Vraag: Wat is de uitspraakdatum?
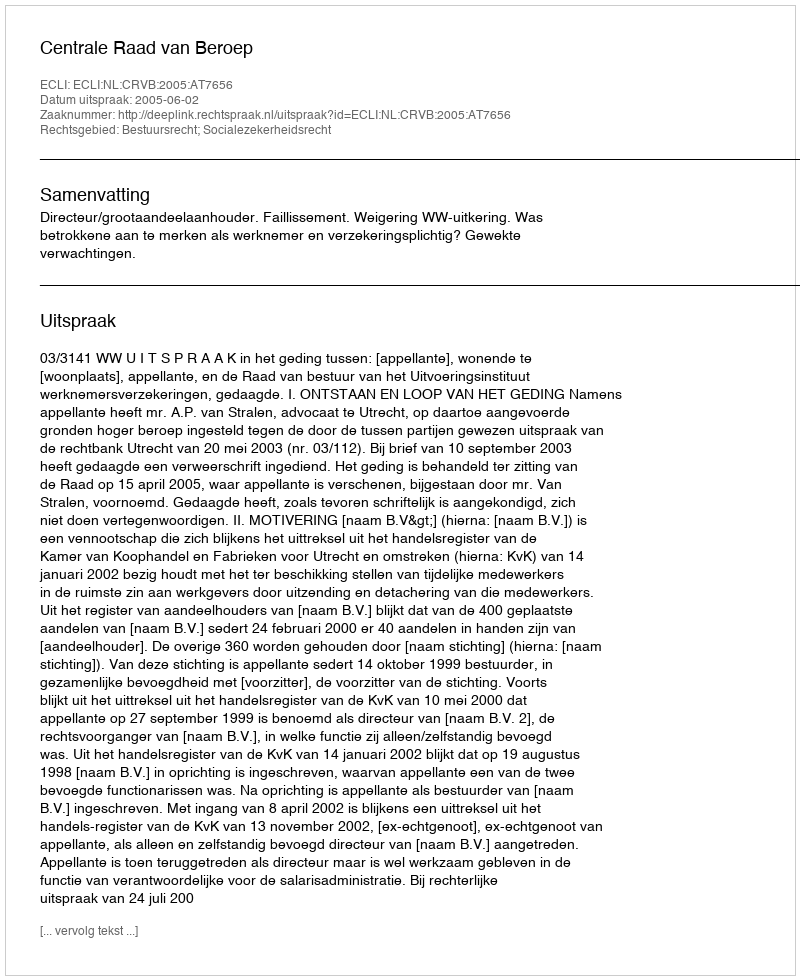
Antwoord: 2005-06-02